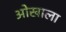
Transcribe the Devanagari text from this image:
ओखाला